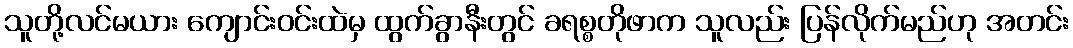
သူတို့လင်မယား ကျောင်းဝင်းထဲမှ ထွက်ခွာနီးတွင် ခရစ္စတိုဖာက သူလည်း ပြန်လိုက်မည်ဟု အတင်း